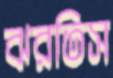
ঝরতিস